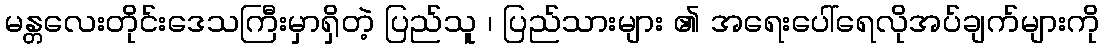
မန္တလေးတိုင်းဒေသကြီးမှာရှိတဲ့ ပြည်သူ ၊ ပြည်သားများ ၏ အရေးပေါ်ရေလိုအပ်ချက်များကို